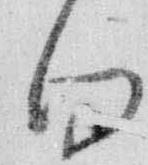
向